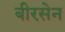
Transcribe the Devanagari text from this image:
बीरसेन